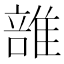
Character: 𨿦